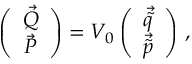
\left( \begin{array} { c } { { \vec { Q } } } \\ { { \vec { P } } } \end{array} \right) = { \cal V } _ { 0 } \left( \begin{array} { c } { { \vec { \tilde { q } } } } \\ { { \vec { \tilde { p } } } } \end{array} \right) \, ,